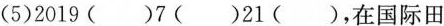
(5)2019( )7( )21( )，在国际田